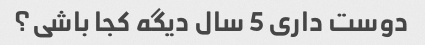
دوست داری 5 سال دیگه کجا باشی؟